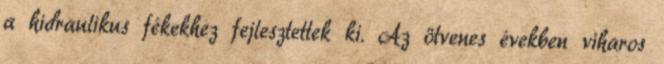
a hidraulikus fékekhez fejlesztettek ki. Az ötvenes években viharos